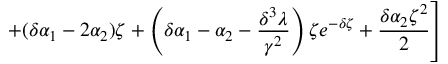
\left. + ( \delta \alpha _ { 1 } - 2 \alpha _ { 2 } ) \zeta + \left( \delta \alpha _ { 1 } - \alpha _ { 2 } - \frac { \delta ^ { 3 } \lambda } { \gamma ^ { 2 } } \right) \zeta e ^ { - \delta \zeta } + \frac { \delta \alpha _ { 2 } \zeta ^ { 2 } } { 2 } \right]